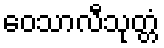
ဝေသာလီသုတ္တံ